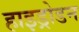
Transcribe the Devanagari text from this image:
हाइड्रोडन